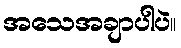
အသေအချာပါပဲ။